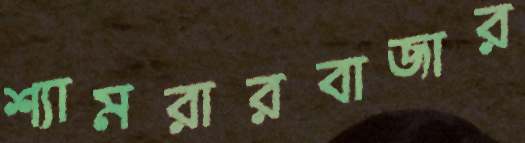
শ্যামরারবাজার